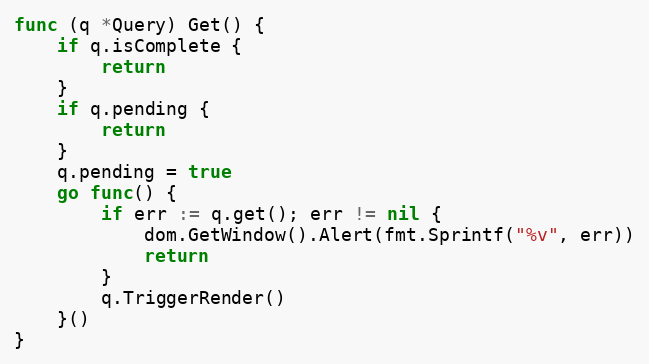
Language: Go
func (q *Query) Get() {
	if q.isComplete {
		return
	}
	if q.pending {
		return
	}
	q.pending = true
	go func() {
		if err := q.get(); err != nil {
			dom.GetWindow().Alert(fmt.Sprintf("%v", err))
			return
		}
		q.TriggerRender()
	}()
}